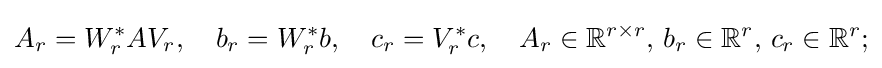
A_{r}=W_{r}^{*}AV_{r},\quad b_{r}=W_{r}^{*}b,\quad c_{r}=V_{r}^{*}c,\quad A_{r}\in \mathbb {R} ^{r\times r},\,b_{r}\in \mathbb {R} ^{r},\,c_{r}\in \mathbb {R} ^{r};